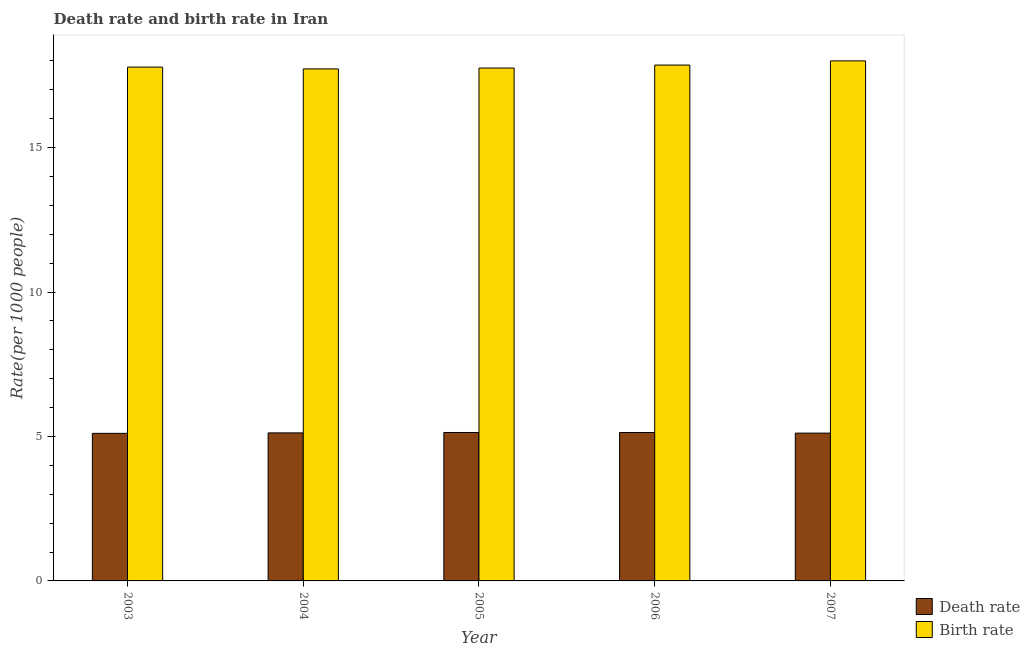
| Year | Death rate | Birth rate |
 | --- | --- | --- |
 | 2003 | 5.11 | 17.8 |
 | 2004 | 5.12 | 17.7 |
 | 2005 | 5.14 | 17.8 |
 | 2006 | 5.14 | 17.9 |
 | 2007 | 5.12 | 18 |